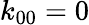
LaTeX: k_{00}=0